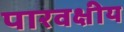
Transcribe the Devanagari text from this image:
पारवक्षीय